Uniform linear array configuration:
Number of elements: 16
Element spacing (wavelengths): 0.75
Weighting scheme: kaiser
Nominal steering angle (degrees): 0
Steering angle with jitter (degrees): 1.111
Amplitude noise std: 0.05
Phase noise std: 0.05

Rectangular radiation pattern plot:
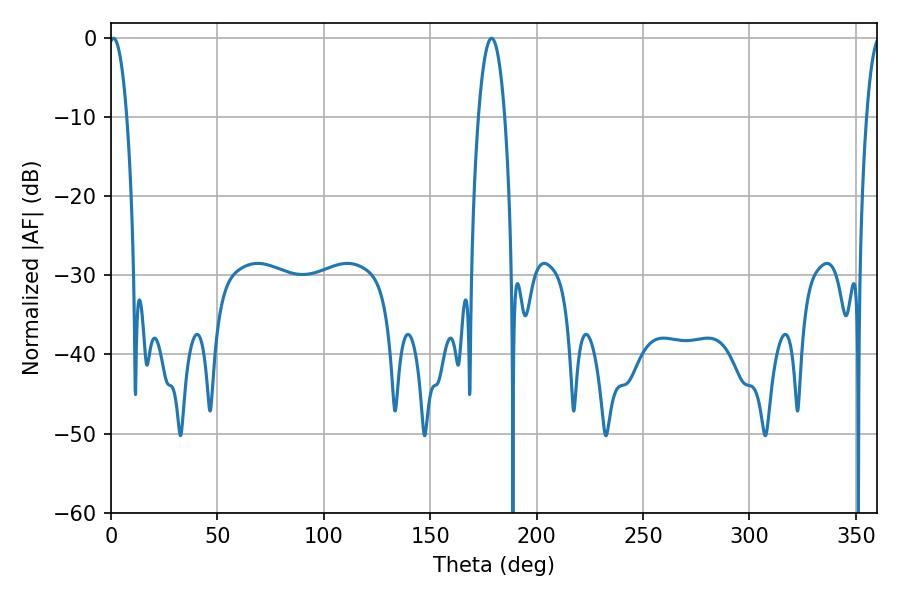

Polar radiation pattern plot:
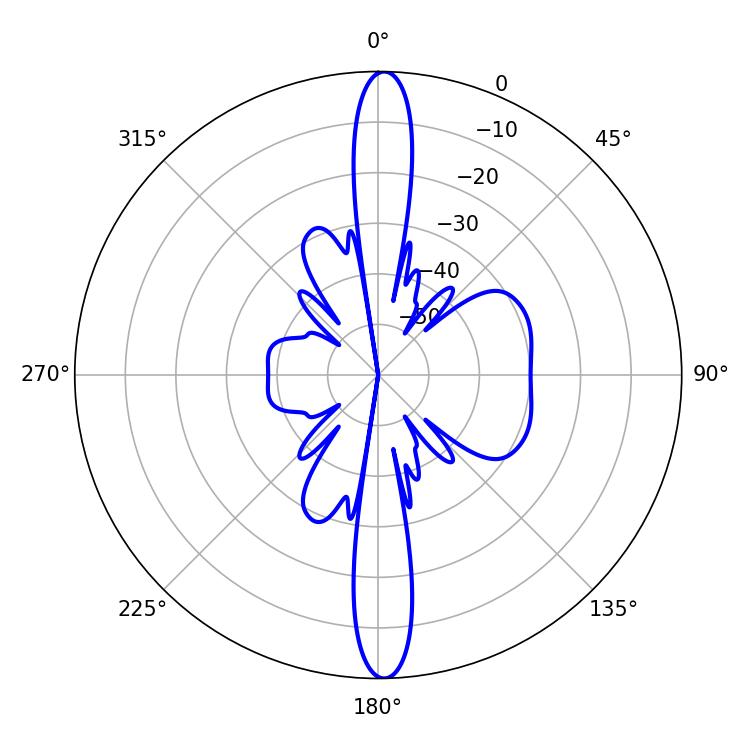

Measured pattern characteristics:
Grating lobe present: TRUE
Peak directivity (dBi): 24.94
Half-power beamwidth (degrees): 4.68
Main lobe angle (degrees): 1.26